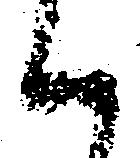
候